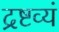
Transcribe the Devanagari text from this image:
द्रष्टव्यं